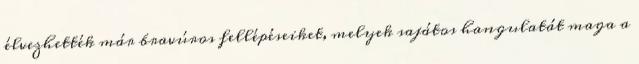
élvezhették már bravúros fellépéseiket, melyek sajátos hangulatát maga a